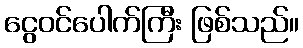
ငွေဝင်ပေါက်ကြီး ဖြစ်သည်။